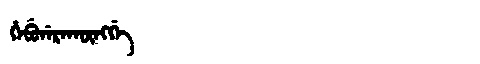
Manchu: ᡥᡝᠪᡠᠨᡝᡵᠠᡴᡡᠩᡤᡝ
Romanization: HEBUNERAKŪNGGE